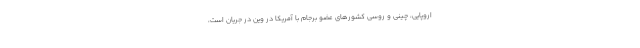
اروپایی، چینی و روسی کشورهای عضو برجام با آمریکا در وین در جریان است،